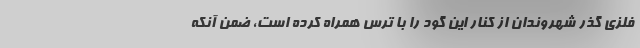
فلزی گذر شهروندان از کنار این گود را با ترس همراه کرده است، ضمن آنکه